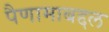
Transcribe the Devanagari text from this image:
पैणामाबद्दल